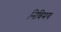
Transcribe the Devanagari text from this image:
निविमय